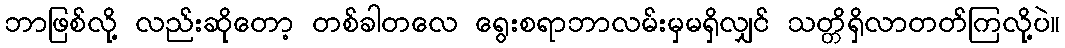
ဘာဖြစ်လို့ လည်းဆိုတော့ တစ်ခါတလေ ရွေးစရာဘာလမ်းမှမရှိလျှင် သတ္တိရှိလာတတ်ကြလို့ပဲ။